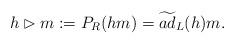
LaTeX: \begin{align*}h\rhd m:=P_R(hm)=\widetilde{ad}_L(h)m. \end{align*}